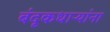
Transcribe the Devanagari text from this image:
बंदूकधाऱ्यांना